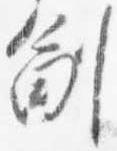
副